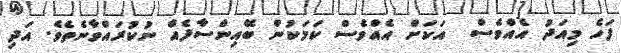
ފަހެ މިއަދު އެއްވެސް  އަކަށް އެއްވެސް ކަމަކުން ބޭއިންސާފެއް ނުކުރައްވާނެތެވެ. އަދި